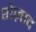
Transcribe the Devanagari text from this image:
शेज़ाद